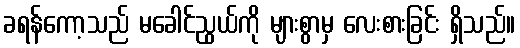
ခရန်ကော့သည် မခေါင်ညွယ်ကို များစွာမှ လေးစားခြင်း ရှိသည်။